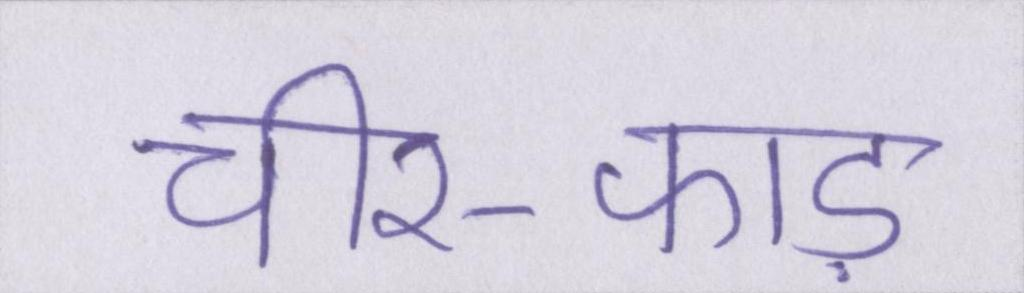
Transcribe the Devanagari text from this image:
चीर-फाड़